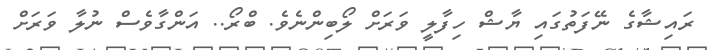
ރައިޝާގެ ނޭފަތުގައި ޔާޝް ހިފާލީ ވަރަށް ލޯބިންނެވެ. ބްރޯ.. އަންގާވެސް ނުލާ ވަރަށް